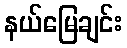
နယ်မြေချင်း